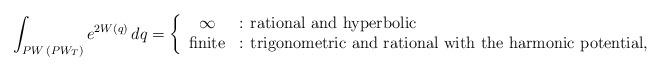
LaTeX: \begin{align*}\int_{PW\,(PW_T)}e^{2W(q)}\,dq=\left\{ \begin{array}{cl} \infty&\mbox{: rational and hyperbolic}\\ \mbox{finite}&\mbox{: trigonometric and rational with the harmonic potential}, \end{array} \right.\end{align*}